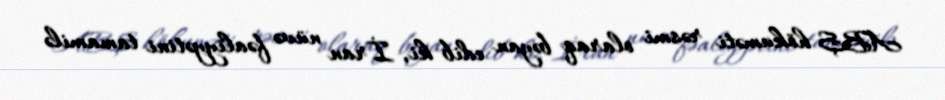
ABŞ hökuməti rəsmi olaraq bəyan edib ki, İran nüvə fəaliyyətini tamamilə